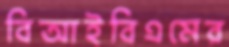
বিআইবিএমের